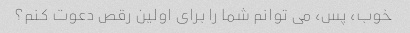
خوب، پس، می توانم شما را برای اولین رقص دعوت کنم؟